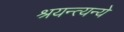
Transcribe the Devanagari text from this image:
श्रयन्त्यन्ये